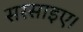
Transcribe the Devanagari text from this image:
सरसाइए।